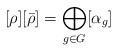
LaTeX: \begin{align*} [\rho][\bar\rho]&=\bigoplus_{g\in G} [\alpha_g] & \end{align*}